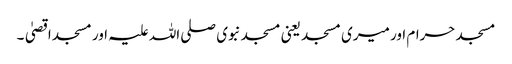
مسجد حرام اور میری مسجد یعنی مسجد نبوی صلی اللہ علیہ اور مسجد اقصیٰ۔